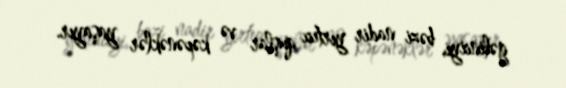
gəlinciyi, bəzi nadir yırtıcı quşlar və kəpənəklər yaşayır.